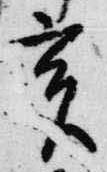
亥